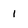
Character: 1